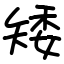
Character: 矮